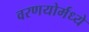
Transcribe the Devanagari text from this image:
वरणयोर्मध्ये